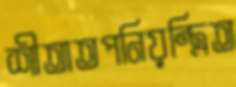
শীতাতপনিয়ন্ত্রিত